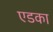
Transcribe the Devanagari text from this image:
एडका